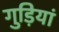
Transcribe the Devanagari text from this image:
गुड़ियां